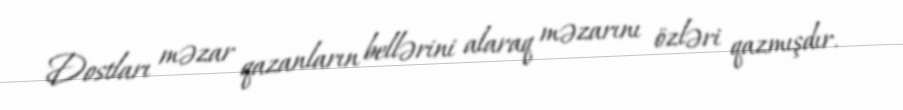
Dostları məzar qazanların bellərini alaraq məzarını özləri qazmışdır.